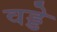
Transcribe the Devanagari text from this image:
वड्डे